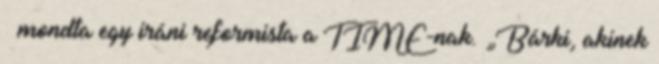
– mondta egy iráni reformista a TIME-nak. „Bárki, akinek